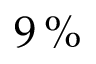
9 \, \%